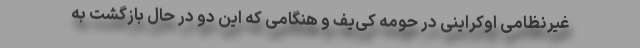
غیرنظامی اوکراینی در حومه کی‌یف و هنگامی که این دو در حال بازگشت به